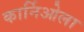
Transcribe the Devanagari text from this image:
कार्निओला